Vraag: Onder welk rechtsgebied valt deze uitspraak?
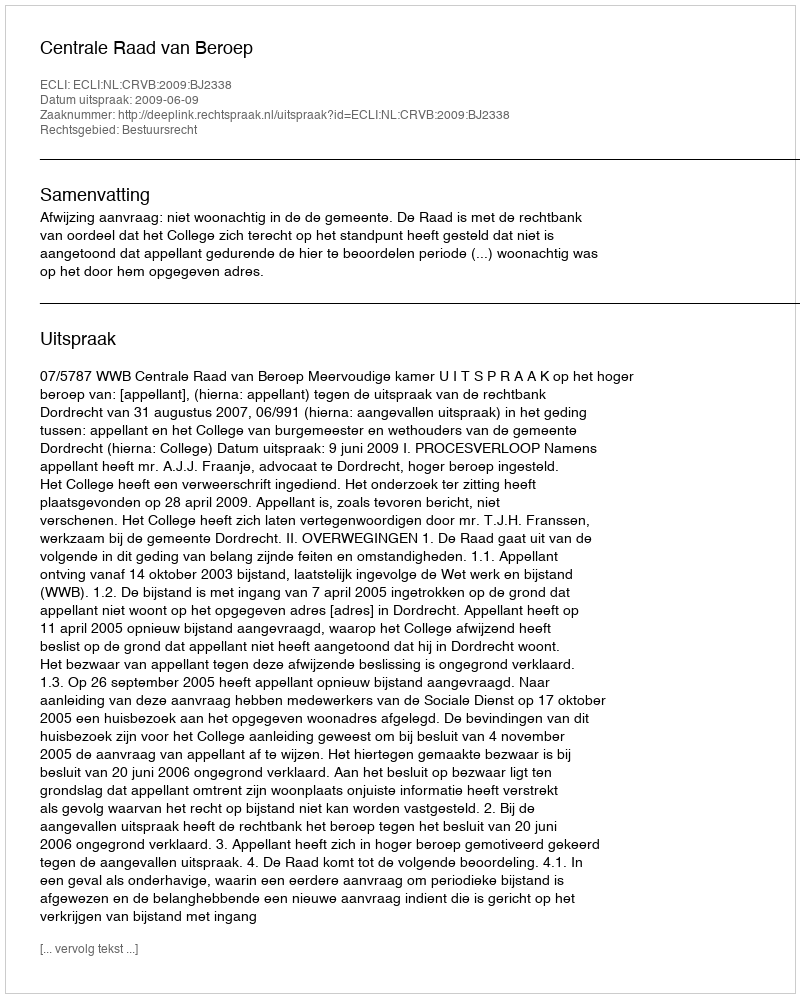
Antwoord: Bestuursrecht